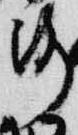
路